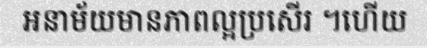
អនាម័យមានភាពល្អប្រសើរ ។ហើយ